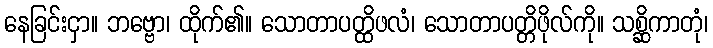
နေခြင်းငှာ။ ဘဗ္ဗော၊ ထိုက်၏။ သောတာပတ္ထိဖလံ၊ သောတာပတ္တိဖိုလ်ကို။ သစ္ဆိကာတုံ၊